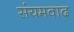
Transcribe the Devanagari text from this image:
संयमवाद